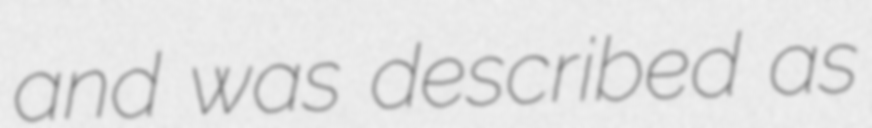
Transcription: and was described as